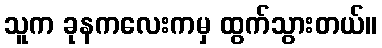
သူက ခုနကလေးကမှ ထွက်သွားတယ်။